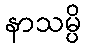
နာသမ္ပိ